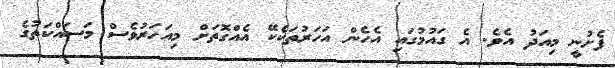
ފެށުނީ މިއަދު އެވެ. އެ ގައުމުގައި އެހެން އަހަރުތަކެކޭ އެެއްގޮތަށް މިއަހަރުވެސް މަސައްކަތުގެ